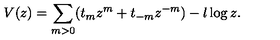
V ( z ) = \sum _ { m > 0 } ( t _ { m } z ^ { m } + t _ { - m } z ^ { - m } ) - l \log z .